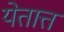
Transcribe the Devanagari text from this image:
येतात्त